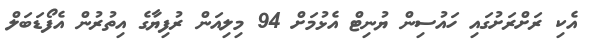
އެކި ރަށްރަށުގައި ހައުސިން ޔުނިޓް އެޅުމަށް 94 މިލިއަން ރުފިޔާގެ އިތުރުން އެފޯޑަބަލް